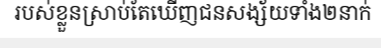
របស់ខ្លួនស្រាប់តែឃើញជនសង្ស័យទាំង២នាក់